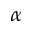
_ { \alpha }